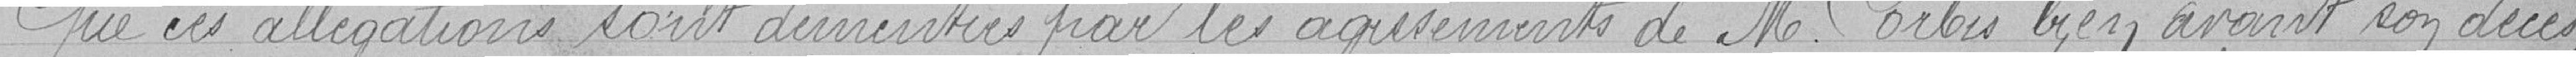
Que ces allégations sont démenties par les agissements de Monsieur Corbis bien avant son décès,